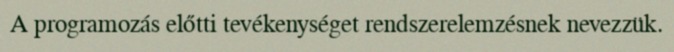
A programozás előtti tevékenységet rendszerelemzésnek nevezzük.